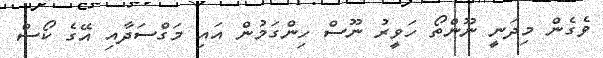
ވެގެން މިދަނީ ނޫންތޯ ހަވީރު ނޫސް ހިންގަމުން އައި މަގްސަދާއި އޭގެ ކޯސް